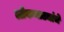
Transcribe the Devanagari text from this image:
लोकनाट्यांचे